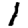
Digit: 1